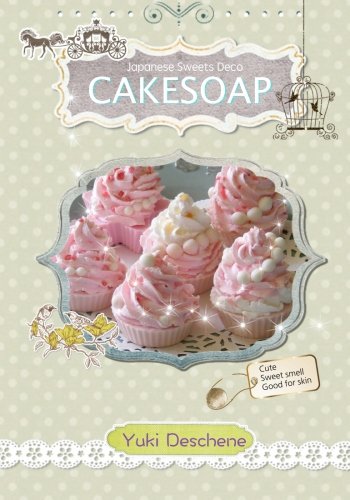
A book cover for Cake Soap; Yuki Deschene; Crafts, Hobbies & Home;